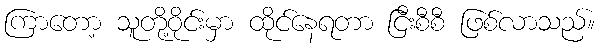
ကြာတော့ သူတို့ဝိုင်းမှာ ထိုင်နေရတာ ငြီးစီစီ ဖြစ်လာသည်။